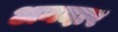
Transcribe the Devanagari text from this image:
अनदार